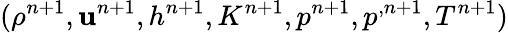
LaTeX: (\rho^{n+1},\mathbf u^{n+1},h^{n+1},K^{n+1},p^{n+1},p^{,n+1},T^{n+1})